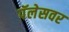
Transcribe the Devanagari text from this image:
पॅलेसवर